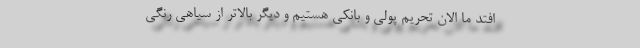
افتد ما الان تحریم پولی و بانکی هستیم و دیگر بالاتر از سیاهی رنگی